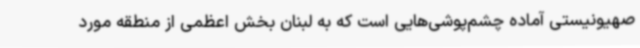
صهیونیستی آماده چشم‌پوشی‌هایی است که به لبنان بخش اعظمی از منطقه مورد